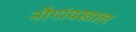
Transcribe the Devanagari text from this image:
नौगांवखाल